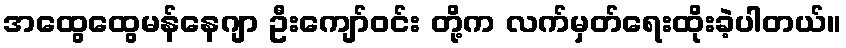
အထွေထွေမန်နေဂျာ ဦးကျော်ဝင်း တို့က လက်မှတ်ရေးထိုးခဲ့ပါတယ်။